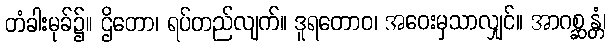
တံခါးမုခ်၌။ ဌိတော၊ ရပ်တည်လျက်။ ဒူရတောဝ၊ အဝေးမှသာလျှင်။ အာဂစ္ဆန္တံ၊